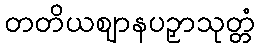
တတိယဈာနပဉှာသုတ္တံ